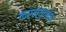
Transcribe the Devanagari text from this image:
कर्मगुणदोष